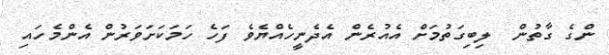
ންގެ ގާތުން  ލިބިގަތުމަށް އެއުރެން އެދެނީހެއްޔެވެ ފަހެ ހަމަކަށަވަރުން އެންމެހައި